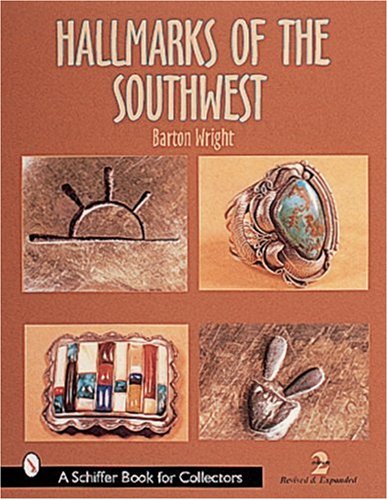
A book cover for Hallmarks of the Southwest (A Schiffer Book for Collectors); Barton Wright; Crafts, Hobbies & Home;